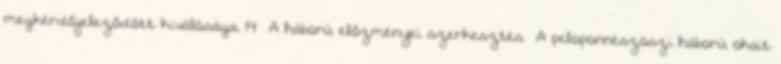
megkérdőjeleződött kiválósága. 14 A háború előzményei szerkesztés A peloponnészoszi háború okait